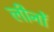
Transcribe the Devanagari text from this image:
लीनों